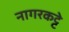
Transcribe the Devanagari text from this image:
नागरकट्टे